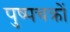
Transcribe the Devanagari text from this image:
पुष्पचक्रों